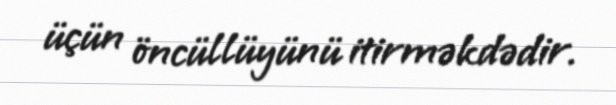
üçün öncüllüyünü itirməkdədir.